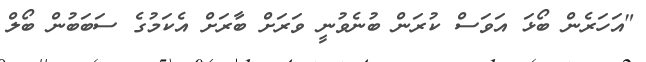
"އަހަރެން ބޯޅަ އަވަސް ކުރަން ބުނެވުނީ ވަރަށް ބާރަށް އެކަމުގެ ސަބަބުން ބޯލް